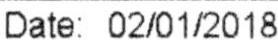
DATE: 02/01/2018